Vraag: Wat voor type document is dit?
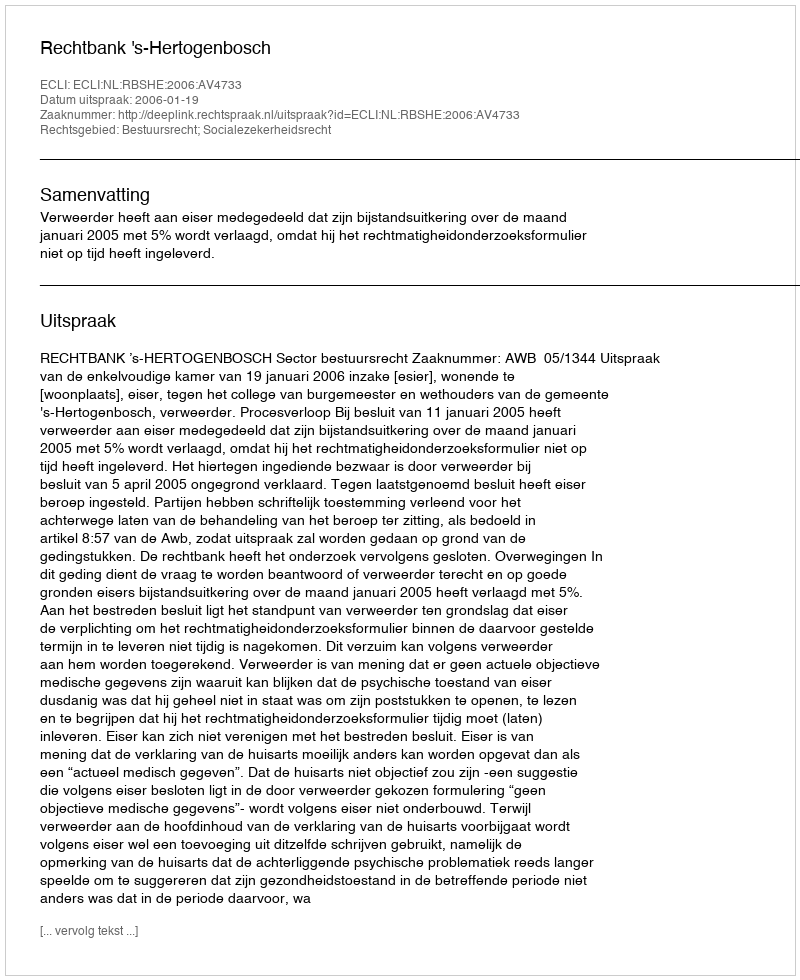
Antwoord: Uitspraak